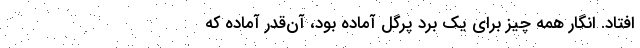
افتاد. انگار همه چیز برای یک بُرد پرگل آماده بود، آن‌قدر آماده که